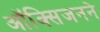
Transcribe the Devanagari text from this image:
ऑक्सिजनने